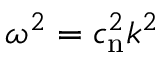
\omega ^ { 2 } = c _ { \mathrm { n } } ^ { 2 } k ^ { 2 }